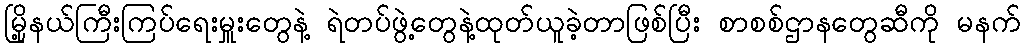
မြို့နယ်ကြီးကြပ်ရေးမှူးတွေနဲ့ ရဲတပ်ဖွဲ့တွေနဲ့ထုတ်ယူခဲ့တာဖြစ်ပြီး စာစစ်ဌာနတွေဆီကို မနက်